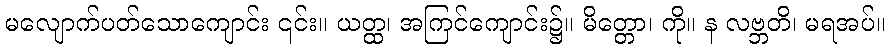
မလျောက်ပတ်သောကျောင်း ၎င်း။ ယတ္ထ၊ အကြင်ကျောင်း၌။ မိတ္တော၊ ကို။ န လဗ္ဘတိ၊ မရအပ်။